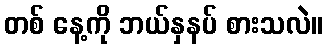
တစ် နေ့ကို ဘယ်နှနပ် စားသလဲ။